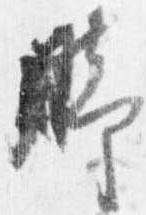
脚